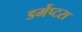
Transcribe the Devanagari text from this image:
डर्मेप्टरा